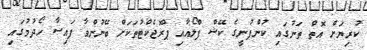
ކުރިޔަށް އޮތް ތަނުގައި ކުންފުނީގެ ކޭޝް ފްލޯއާއި ޕްރޮޖެކްޓުތަކަށް ބޭނުންވާ ފައިސާ ހޯދުމުގައި